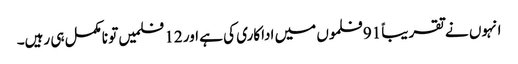
انہوں نے تقریباً 91 فلموں میں اداکاری کی ہے اور 12 فلمیں تو نامکمل ہی رہیں۔